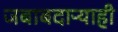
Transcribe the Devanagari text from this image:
जबाबदाऱ्याही